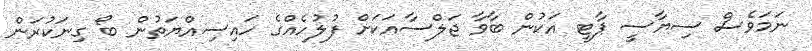
ނަމަވެސް ސިޔާސީ ޕާޓީ އަކުން ބާވާ ޖަލްސާއަކަަށް ފުލުހެއްގެ ހައިސިއްޔަތުން ބޯ ގިނަކުރަން